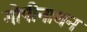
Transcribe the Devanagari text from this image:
गोपीनाथन